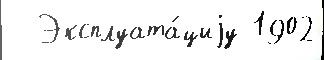
  Эксплуата́циjу 1902